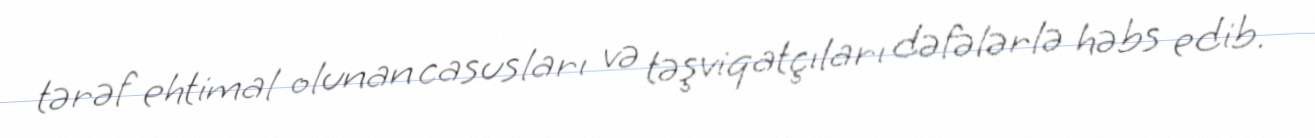
tərəf ehtimal olunan casusları və təşviqatçıları dəfələrlə həbs edib.